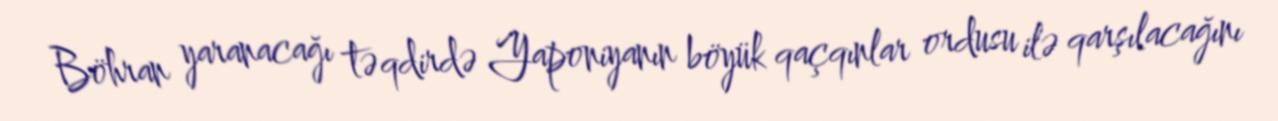
Böhran yaranacağı təqdirdə Yaponiyanın böyük qaçqınlar ordusu ilə qarşılacağını